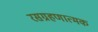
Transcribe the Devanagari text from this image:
रसग्रहणात्मक